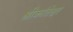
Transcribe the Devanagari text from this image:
श्रीकांतेश्वर